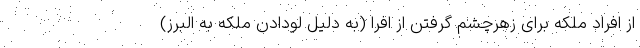
از افراد ملکه برای زهرچشم گرفتن از افرا (به دلیل لودادن ملکه به البرز)